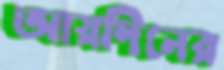
আয়দিনের